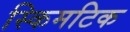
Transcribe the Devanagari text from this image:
स्किमटिक